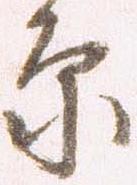
原